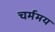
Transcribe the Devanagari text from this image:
चर्ममय